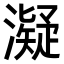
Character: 𤁒